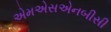
એમએસએનબીસી